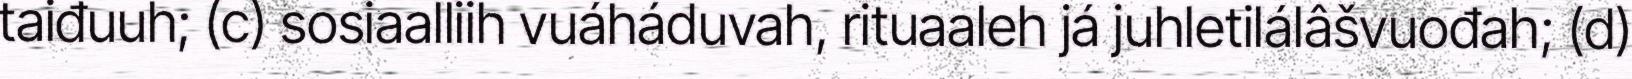
taiđuuh; (c) sosiaalliih vuáháduvah, rituaaleh já juhletilálâšvuođah; (d)